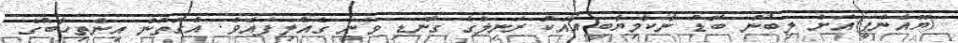
(ޔޫއެންޕީ)އަށް ލިބުނު ބޮޑު ނާކާމިޔާބީއާއެކު ރަނިލްގެ ގޮނޑި ވަނީ ގެއްލިފައެވެ. އެގޮތުން އިންތިހާބުގެ